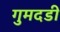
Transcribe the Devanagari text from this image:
गुमदडी